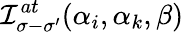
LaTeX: \mathcal{I}_{\sigma-\sigma^{\prime}}^{at}(\alpha_{i},\alpha_{k},\beta)